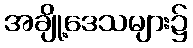
အချို့ဒေသများ၌